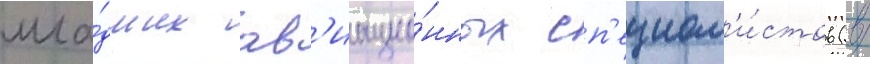
мла́дших ав'иацио́нных сп'ециал'и́стов (в/